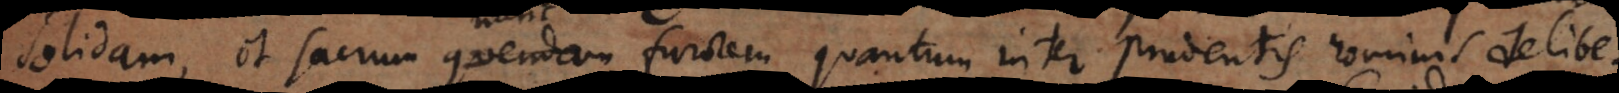
solidam, et sacrum quendam furorem, quantum inter prudentis hominis delibe